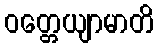
ဝတ္တေယျာမာတိ